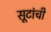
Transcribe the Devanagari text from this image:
सूटांची